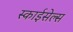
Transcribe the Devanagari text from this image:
स्काईसेल्स